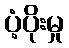
ပံ့ပိုးမှု